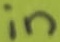
Text: in